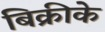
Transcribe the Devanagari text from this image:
बिक्रीके